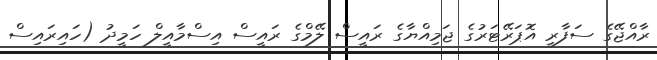
ރާއްޖޭގެ ސަފާރީ އޮޕަރޭޓަރުގެ ޖަމިއްޔާގެ ރައީސް ލޭމްގެ ރައީސް އިސްމާއީލް ހަމީދު (ހައިރައިސް